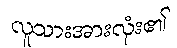
လူသားအားလုံး၏